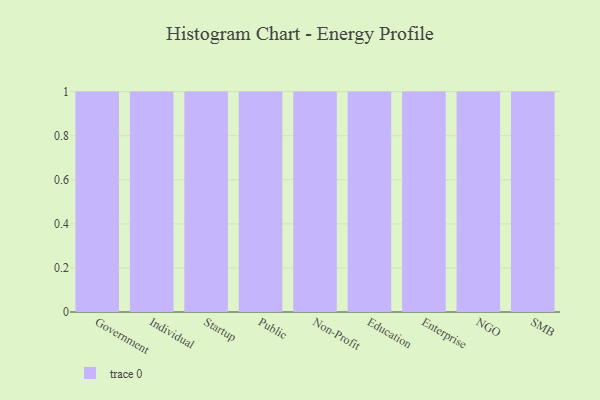
{"axis": {"x": "Segment", "y": "Churn Rate (%)"}, "legend": [""], "data": [{"x": "Government", "y": 10, "type": ""}, {"x": "Individual", "y": 85, "type": ""}, {"x": "Startup", "y": 52, "type": ""}, {"x": "Public", "y": 43, "type": ""}, {"x": "Non-Profit", "y": 43, "type": ""}, {"x": "Education", "y": 70, "type": ""}, {"x": "Enterprise", "y": 39, "type": ""}, {"x": "NGO", "y": 100, "type": ""}, {"x": "SMB", "y": 58, "type": ""}]}